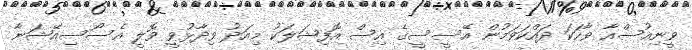
ވީނިއުސްއާ ވާހަކަ ދައްކަވަމުން އޭސީސީގެ އިސް އޮފިޝަލަކު މިއަދު ވިދާޅުވީ ވޮލީ އެސޯސިއޭޝަނާ